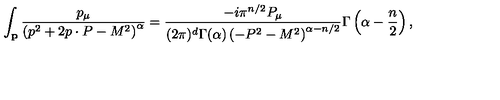
\int _ { { \bf p } } \frac { p _ { \mu } } { \left( p ^ { 2 } + 2 p \cdot P - M ^ { 2 } \right) ^ { \alpha } } = \frac { - i \pi ^ { n / 2 } P _ { \mu } } { ( 2 \pi ) ^ { d } \Gamma ( \alpha ) \left( - P ^ { 2 } - M ^ { 2 } \right) ^ { \alpha - n / 2 } } \Gamma \left( \alpha - \frac { n } { 2 } \right) ,